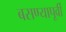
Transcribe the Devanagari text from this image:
बसण्यापूर्वी